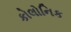
કોલોનિક